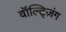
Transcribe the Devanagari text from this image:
वॉल्ट्ज़िंग